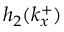
h _ { 2 } ( k _ { x } ^ { + } )